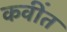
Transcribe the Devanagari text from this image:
कवींत